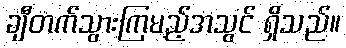
ချီတက်သွားကြမည့်အသွင် ရှိသည်။